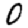
Digit: 0